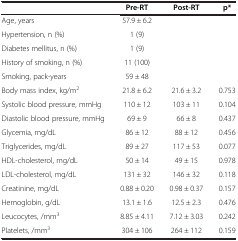
|  | Pre-RT | Post-RT | p* |
 | --- | --- | --- | --- |
 | Age, years | 57.9 ± 6.2 |  |  |
 | Hypertension, n (%) | 1 (9) |  |  |
 | Diabetes mellitus, n (%) | 1 (9) |  |  |
 | History of smoking, n (%) | 11 (100) |  |  |
 | Smoking, pack-years | 59 ± 48 |  |  |
 | Body mass index, kg/m2 | 21.8 ± 6.2 | 21.6 ± 3.2 | 0.753 |
 | Systolic blood pressure, mmHg | 110 ± 12 | 103 ± 11 | 0.104 |
 | Diastolic blood pressure, mmHg | 69 ± 9 | 66 ± 8 | 0.437 |
 | Glycemia, mg/dL | 86 ± 12 | 88 ± 12 | 0.456 |
 | Triglycerides, mg/dL | 89 ± 27 | 117 ± 53 | 0.077 |
 | HDL-cholesterol, mg/dL | 50 ± 14 | 49 ± 15 | 0.978 |
 | LDL-cholesterol, mg/dL | 131 ± 32 | 146 ± 32 | 0.118 |
 | Creatinine, mg/dL | 0.88 ± 0.20 | 0.98 ± 0.37 | 0.157 |
 | Hemoglobin, g/dL | 13.1 ± 1.6 | 12.5 ± 2.3 | 0.476 |
 | Leucocytes, /mm3 | 8.85 ± 4.11 | 7.12 ± 3.03 | 0.242 |
 | Platelets, /mm3 | 304 ± 106 | 264 ± 112 | 0.159 |